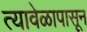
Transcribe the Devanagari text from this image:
त्यावेळापासून